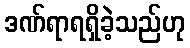
ဒဏ်ရာရရှိခဲ့သည်ဟု